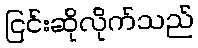
ငြင်းဆိုလိုက်သည်